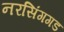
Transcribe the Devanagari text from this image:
नरसिंगगड